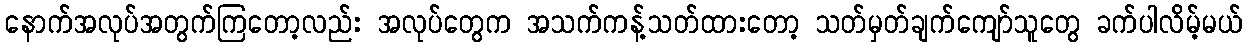
နောက်အလုပ်အတွက်ကြတော့လည်း အလုပ်တွေက အသက်ကန့်သတ်ထားတော့ သတ်မှတ်ချက်ကျော်သူတွေ ခက်ပါလိမ့်မယ်